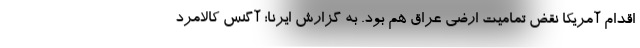
اقدام آمریکا نقض تمامیت ارضی عراق هم بود. به گزارش ایرنا؛ آگنس کالامرد